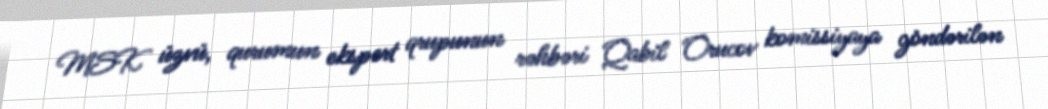
MSK üzvü, qurumun ekspert qrupunun rəhbəri Qabil Orucov komissiyaya göndərilən